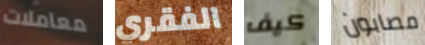
معاملات الفقري كيف مصابون